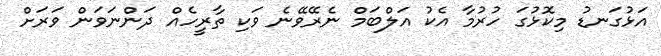
އަޅުގަނޑު މިކޮޅުގަ ހުރުމާ އެކު އަލްބަމް ނެރޭވޭނެ ވަކި ތާރީހެއް ދަންނަވަން ވަރަށް